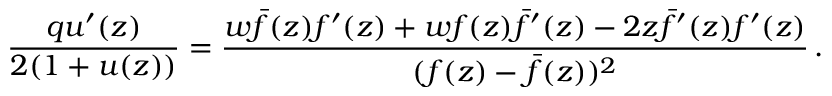
\frac { q u ^ { \prime } ( z ) } { 2 ( 1 + u ( z ) ) } = \frac { w \bar { f } ( z ) f ^ { \prime } ( z ) + w f ( z ) \bar { f } ^ { \prime } ( z ) - 2 z \bar { f } ^ { \prime } ( z ) f ^ { \prime } ( z ) } { ( f ( z ) - \bar { f } ( z ) ) ^ { 2 } } \, .